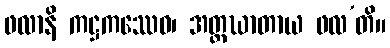
ဖလာနိ ကဋ္ဌကဿေဝ၊ အတ္တဃာတာယ ဖလ’တိ။